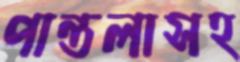
পান্তলাসহ